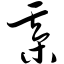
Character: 綦